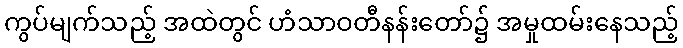
ကွပ်မျက်သည့် အထဲတွင် ဟံသာဝတီနန်းတော်၌ အမှုထမ်းနေသည့်